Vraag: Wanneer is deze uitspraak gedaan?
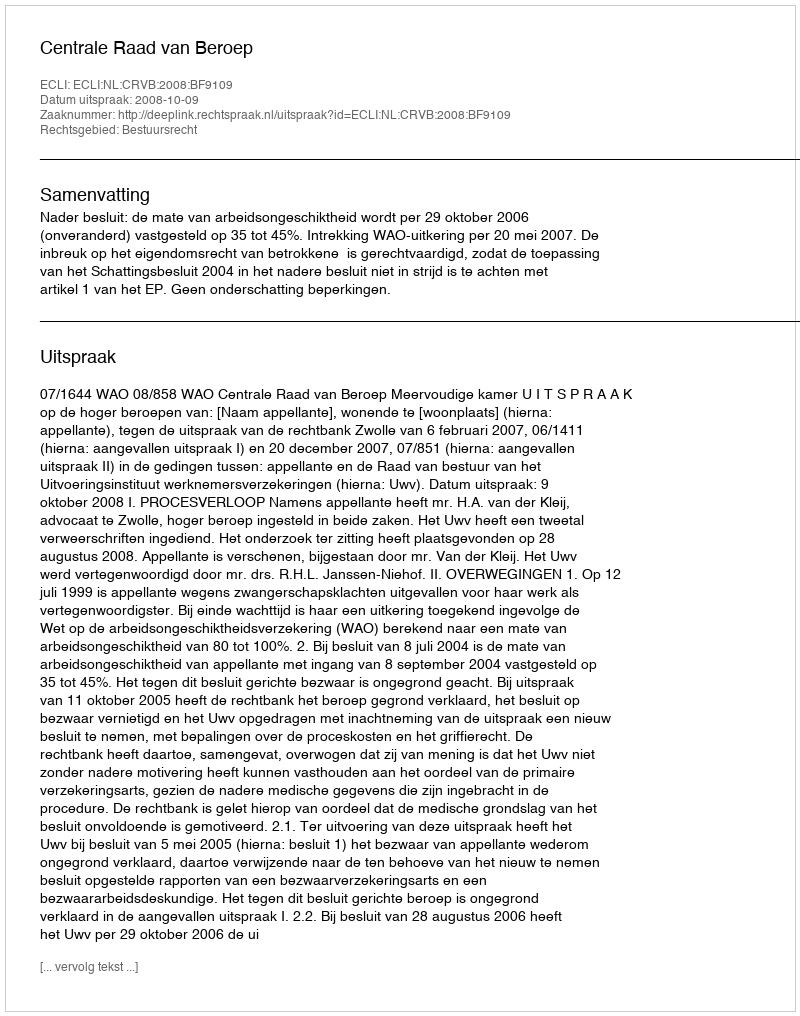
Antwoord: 2008-10-09